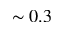
\sim 0 . 3